Scottish Leaving Certificate Examination, 1961
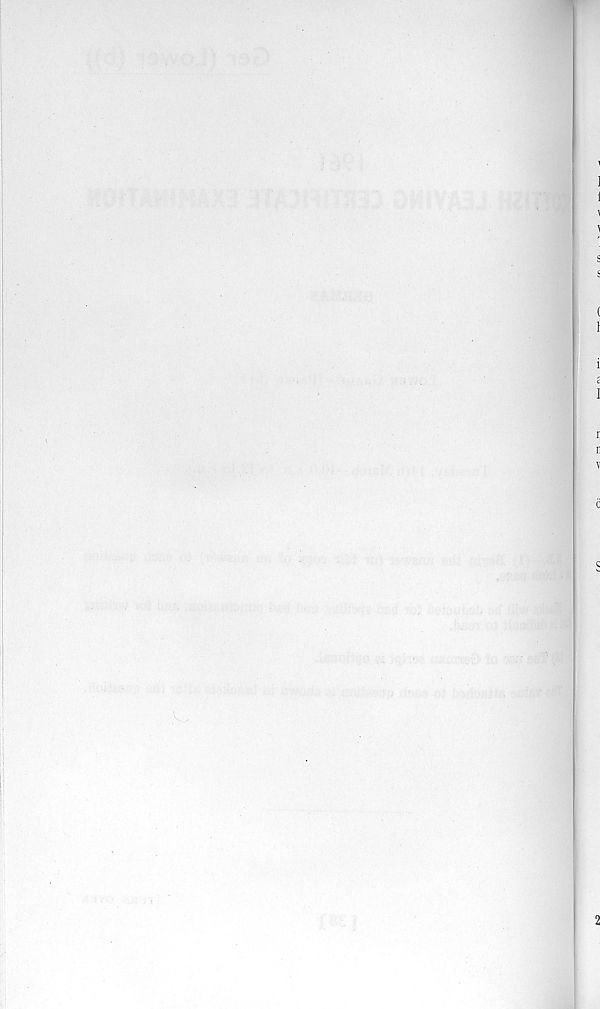
' V I V ,'i'
S(Ah» ffi • : 07 ji&tfqji